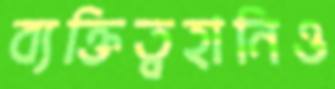
ব্যক্তিত্বহানিও